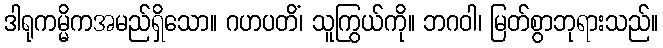
ဒါရုကမ္မိကအမည်ရှိသော။ ဂဟပတိံ၊ သူကြွယ်ကို။ ဘဂဝါ၊ မြတ်စွာဘုရားသည်။